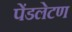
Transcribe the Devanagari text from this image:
पेंडलेटण